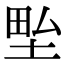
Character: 𭎢